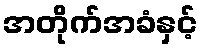
အတိုက်အခံနှင့်